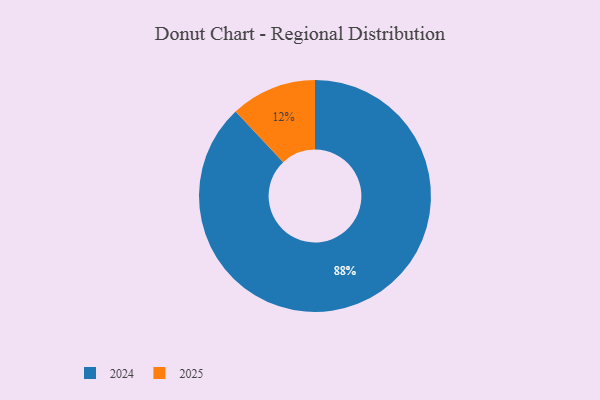
{"axis": {"x": "Category", "y": "Percentage"}, "legend": ["2024", "2025"], "data": [{"x": "2024", "y": 88, "type": "2024"}, {"x": "2025", "y": 12, "type": "2025"}]}